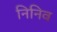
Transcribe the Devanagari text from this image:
निनिव